Report on vaccination in Madras 1904-1921 - 1904-1921
Year: 1904
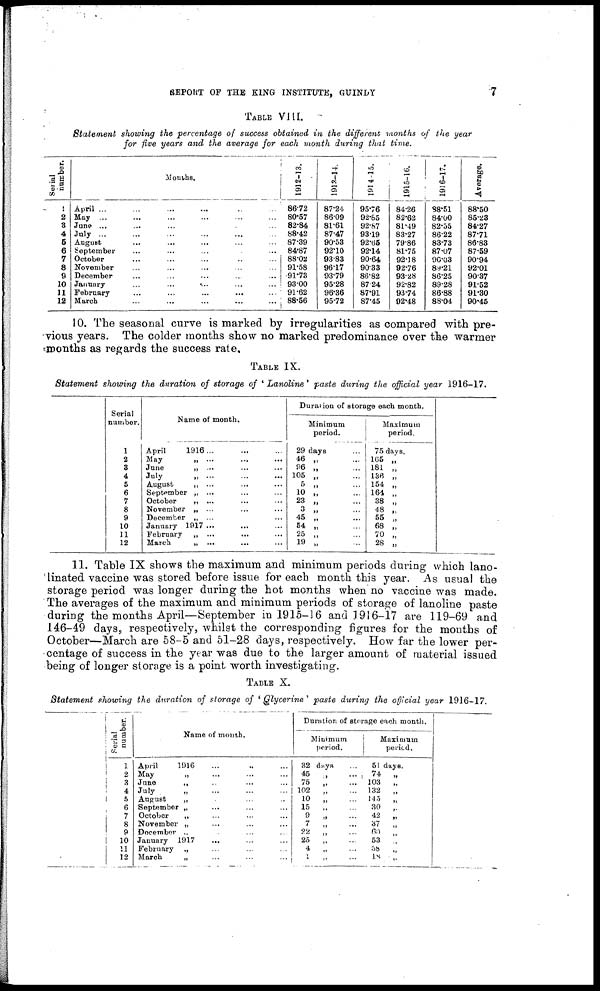
REPORT OF THE KING INSTITUTE, GUINDY
7
TABLE VIII.
Statement showing the percentage of success obtained in the different months of the year
for five years and the average for each month during that time.
Serial
number.
1
2
3
4
5
6
7
8
9
10
11
12
Months.
April ... ... ... ... ... ...
May ... ... ... ... ... ...
June ... ... ... ... ... ...
July
...
...
...
...
...
...
...
August ... ... ... ... ... ...
September ... ... ... ... ...
October ... ... ... ... ...
November ... ... ... ... ... ...
December ... ... ... ... ... ...
January
...
...
... ... ... ...
February
...
... ... ...
...
March ... ... ... ... ...
1912-13.
86.72
80.57
82.84
88.42
87.39
84.87
88.02
91.58
91.78
93.00
91.62
88.56
1913-14.
87.24
86.09
81.61
87.47
90.53
92.10
93.83
96.17
93.79
95.28
96.36
95.72
1914-15.
95.76
92.85
92.87
93.19
92.65
92.14
90.64
90.33
86.82
87.24
87.91
87.45
1915-16.
84.26
82.62
81.49
83.27
79.86
81.75
92.18
92.76
93.28
92.82
93.74
92.48
1916-17.
88.51
84.00
82.55
86.22
83.73
87.07
90.03
89.21
86.25
89.28
86.88
88.04
Average.
88.50
85.23
84.27
87.71
86.83
87.59
90.94
92.01
90.37
91.52
91.30
90.45
10. The seasonal curve is marked by irregularities as compared with pre-
vious years. The colder months show no marked predominance over the warmer
months as regards the success rate.
TABLE IX.
Statement showing the duration of storage of ' Lanoline' paste during the official year 1916-17.
Serial
number.
1
2
3
4
5
6
7
8
9
10
11
12
Name of month.
April
1916 ... ... ...
May
„ ... ... ...
June
„ ... ... ...
July „ ... ... ...
August
„ ...
September „ ... ... ...
October
„ ... ... ...
November „ ... ... ...
December „ ... ... ...
January 1917 ... ... ...
February „ ... ... ...
March
„ ... ... ...
Duration of storage each month.
Minimum
period.
29 days ...
46 „ ...
96 „ ...
105 „ ...
5 „ ...
10 „ ...
23 „ ...
3 „ ...
45 „ ...
54 „ ...
25 „ ...
19 „ ...
Maximum
period.
75 days.
165 „
181 „
136 „
154 „
164 „
38 „
48 „
55 „
68 „
70 „
28 „
11. Table IX shows the maximum and minimum periods during which lano-
linated vaccine was stored before issue for each month this year. As usual the
storage period was longer during the hot months when no vaccine was made.
The averages of the maximum and minimum periods of storage of lanoline paste
during the months April—September in 1915-16 and 1916-17 are 119-69 and
146-49 days, respectively, whilst the corresponding figures for the months of
October—March are 58-5 and 51-28 days, respectively. How far the lower per-
centage of success in the year was due to the larger amount of material issued
being of longer storage is a point worth investigating.
TABLE X.
Statement showing the duration of storage of ' Glycerine ' paste during the official year 1916-17.
Serial
number.
1
2
3
4
5
6
7
8
9
10
11
12
Name of month.
April
1916 ... ... ...
May
„ ... ... ...
June
„ ... ... ...
July „ ... ... ...
August „ ... ... ...
September „ ... ... ...
October
„ ... ... ...
November „ ... ... ...
December „ ... ... ...
January 1917 ... ... ...
February „ ... ... ...
March
„ ... ... ...
Duration of storage each month.
Minimum
period.
32 days
45
„ ...
75
„ ...
102
„ ...
10
„ ...
15
„
...
9 „ ...
7
„ ...
22
„ ...
25 „
...
4
„ ...
1 „ ...
Maximum
period.
51 days.
74 „
103 „
132 „
145 „
30 „
42 „
37 „
60 „
53 „
58 „
18 „